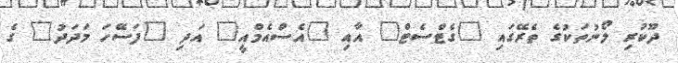
ދޫކުރި ލޯނުތަކުގެ ތެރޭގައި "ގެޓްސެޓް" އާއި "އެސްއެމްއީ" އަދި "ފަސޭހަ މަދަދު" ގެ